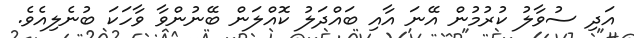
އަދި ސުވާލު ކުރުމުން އޭނަ އާއި ބައްދަލު ކޮއްލަން ބޭނުންވާ ވާހަކަ ބުނެލިއެވެ.